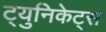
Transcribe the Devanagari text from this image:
ट्युनिकेट्स